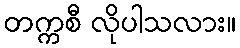
တက္ကစီ လိုပါသလား။